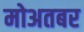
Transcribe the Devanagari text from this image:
मोअतबर